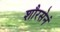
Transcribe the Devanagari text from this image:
शौरसेनं